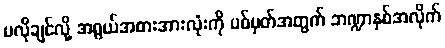
မလိုချင်လို့ အရွယ်အစားအားလုံးကို ပစ်မှတ်အတွက် ဘဏ္ဍာနှစ်အလိုက်